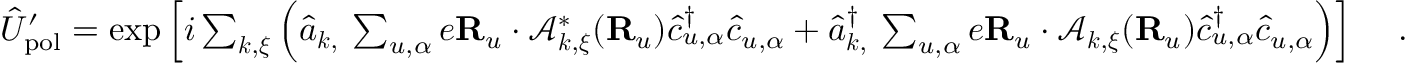
\begin{array} { r } { \hat { U } _ { \mathrm { p o l } } ^ { \prime } = \exp \Big [ i \sum _ { { \boldsymbol k } , { \boldsymbol \xi } } \Big ( \hat { a } _ { { \boldsymbol k } , { \bf \xi } } \sum _ { u , \alpha } e { \bf R } _ { u } \cdot \mathcal { A } _ { { \boldsymbol k } , { \boldsymbol \xi } } ^ { * } ( { \bf R } _ { u } ) \hat { c } _ { u , \alpha } ^ { \dagger } \hat { c } _ { u , \alpha } + \hat { a } _ { { \boldsymbol k } , { \bf \xi } } ^ { \dagger } \sum _ { u , \alpha } e { \bf R } _ { u } \cdot \mathcal { A } _ { { \boldsymbol k } , { \boldsymbol \xi } } ( { \bf R } _ { u } ) \hat { c } _ { u , \alpha } ^ { \dagger } \hat { c } _ { u , \alpha } \Big ) \Big ] ~ ~ ~ ~ . } \end{array}